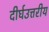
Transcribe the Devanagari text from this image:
दीर्घउत्तरीय